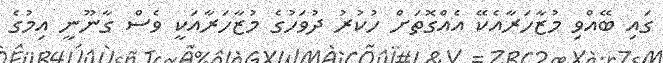
ގައި ބޭއްވި މުޒާހަރާއެކޭ އެއްގޮތަށް ހުކުރު ދުވަހުގެ މުޒާހަރާއަކީ ވެސް ގާނޫނީ އިމުގެ